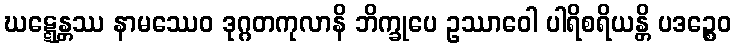
ဃဋ္ဋေန္တဿ နာမဿေဝ ဒုဂ္ဂတကုလာနိ ဘိက္ခုပေ ဥဿာဝေါ ပါရိစရိယန္တိ ပဒဉ္စေဝ